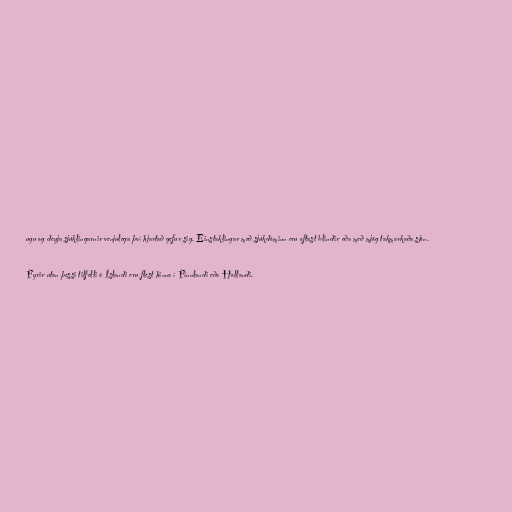
ugu og deyja sjúklingarnir venjulega því hjartað gefur sig. Einstaklingar með sjúkdóminn eru oftast blindir eða með mjög takmarkaða sjón.

Fyrir utan þessi tilfelli á Íslandi eru flest hinna í Finnlandi eða Hollandi.